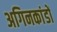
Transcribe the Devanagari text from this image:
अगिनकांडों